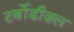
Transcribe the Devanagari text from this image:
टर्बोडीज़ल